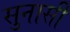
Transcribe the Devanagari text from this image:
सुनासी